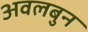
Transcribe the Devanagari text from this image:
अवलबुन